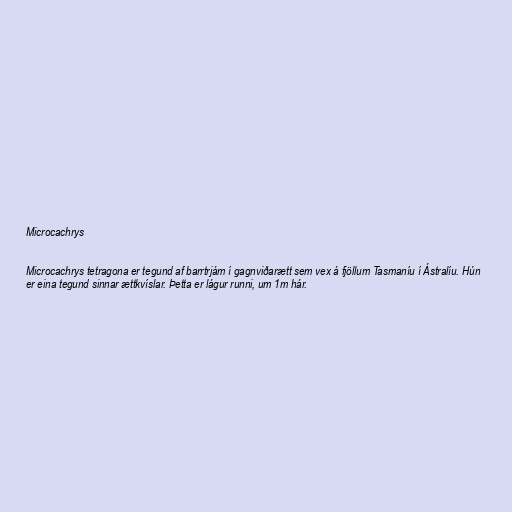
Microcachrys

Microcachrys tetragona er tegund af barrtrjám í gagnviðarætt sem vex á fjöllum Tasmaníu í Ástralíu. Hún
er eina tegund sinnar ættkvíslar. Þetta er lágur runni, um 1m hár.